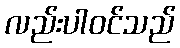
လည်းပါဝင်သည်